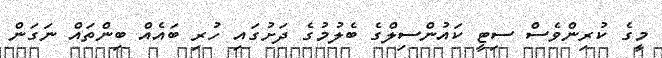
މީގެ ކުރިންވެސް ސިޓީ ކައުންސިލްގެ ބެލުމުގެ ދަށުގައި ހުރި ބައެއް ބިންތައް ނަގަން